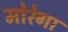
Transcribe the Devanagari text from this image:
मोरेगा